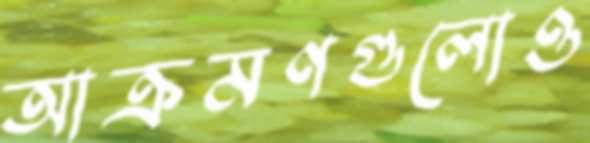
আক্রমণগুলোও